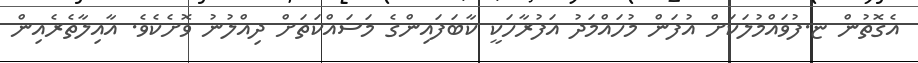
އެގޮތުން ޏ.ފުވައްމުލަކަށް އުފަން މުހައްމަދު އަފުރާހަކީ ކާބަފައިންގެ މަސައްކަތަށް ދިއްލުނު ވޮށެކެވެ. އާއިލާތެރެއިން